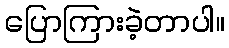
ပြောကြားခဲ့တာပါ။